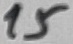
Text: 15